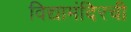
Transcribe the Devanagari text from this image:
विद्यामंदिरची